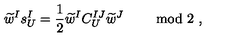
\widetilde { w } ^ { I } s _ { U } ^ { I } = \frac { 1 } { 2 } \widetilde { w } ^ { I } C _ { U } ^ { I J } \widetilde { w } ^ { J } \ \qquad \mathrm { m o d \ 2 } \ ,